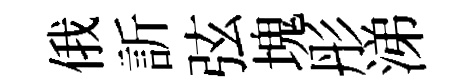
俄訢弦塊彤涕